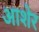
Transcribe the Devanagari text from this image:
आशेर